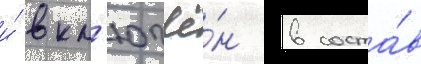
и́ вкл'ючё́н в соста́в